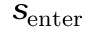
s _ { \mathrm { e n t e r } }